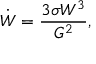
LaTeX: \dot { W } = \frac { 3 \sigma W ^ { 3 } } { G ^ { 2 } } ,